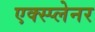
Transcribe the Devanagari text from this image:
एक्स्प्लेनर